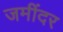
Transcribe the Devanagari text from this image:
जमींदर